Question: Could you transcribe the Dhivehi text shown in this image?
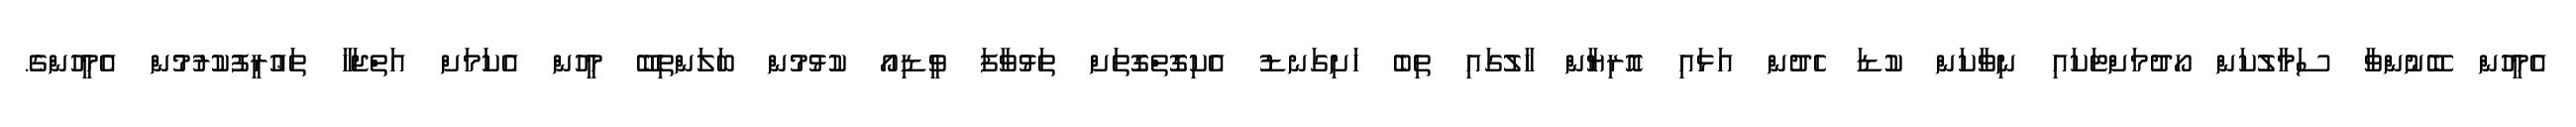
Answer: އެމީހުން ބޭނުންވާ ސަމާލުކަން ހޯދުމަށްޓަކައި ނިވާކަން ކުޑަ ހެދުން އަޅައި އޮރިޔާން ހާލުގައި ތިބެ ހަށިގަނޑު އެކިގޮތްގޮތަށް ތަޅުވާފަ ވީޑިއޯ ކުޅުމުން ބަލަންތިބޭ މީހުން އެކަމަށް އަތްޖަހާ ތަޢުރީފުކުރުމުން އެމީހުންގެ.